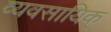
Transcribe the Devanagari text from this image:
व्यवसायिक्